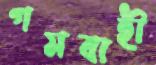
গমবাহী